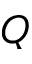
Q